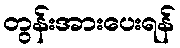
တွန်းအားပေးရန်